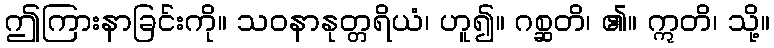
ဤကြားနာခြင်းကို။ သဝနာနုတ္တရိယံ၊ ဟူ၍။ ဂစ္ဆတိ၊ ၏။ ဣတိ၊ သို့။